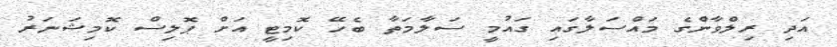
އަދި ރިލްވާންގެ މައްސަލާގައި ގައުމީ ސަލާމަތާ ބެހޭ ކޮމިޓީ އަށް ޕޮލިސް ކޮމިޝަނަރު